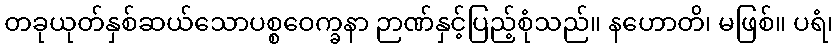
တခုယုတ်နှစ်ဆယ်သောပစ္စဝေက္ခနာ ဉာဏ်နှင့်ပြည့်စုံသည်။ နဟောတိ၊ မဖြစ်။ ပရံ၊